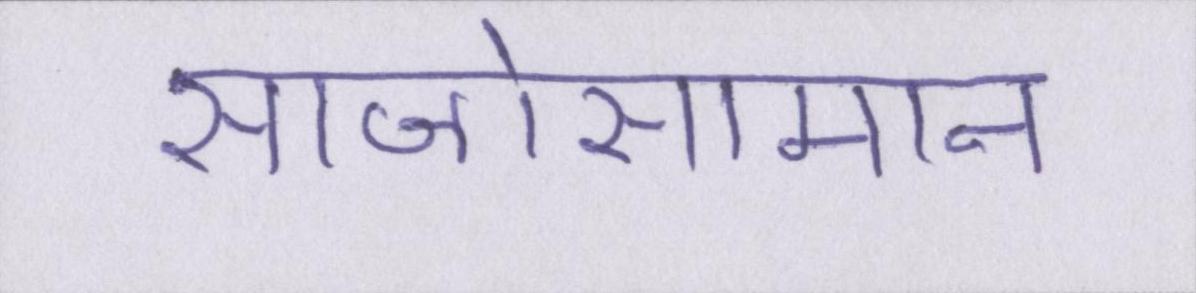
साजोसामान